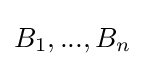
B_{1},...,B_{n}